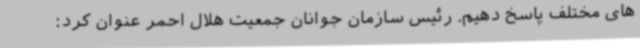
های مختلف پاسخ دهیم. رئیس سازمان جوانان جمعیت هلال احمر عنوان کرد: